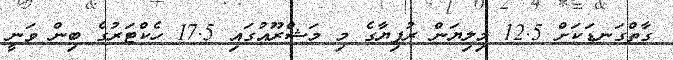
ގާތްގަނޑަކަށް 12.5 މިލިޔަން ރުފިޔާގެ މި މަޝްރޫއުގައި 17.5 ހެކްޓަރުގެ ބިން ވަނީ